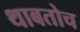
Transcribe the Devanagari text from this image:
थाबतोच